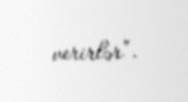
verirlər”.